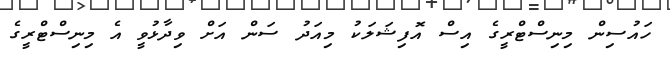
ހައުސިން މިނިސްޓްރީގެ އިސް އޮފިޝަލަކު މިއަދު ސަން އަށް ވިދާޅުވީ އެ މިނިސްޓްރީގެ